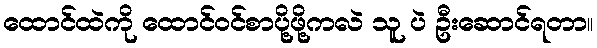
ထောင်ထဲကို ထောင်ဝင်စာပို့ဖို့ကလဲ သူ ပဲ ဦးဆောင်ရတာ။